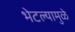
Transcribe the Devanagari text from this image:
भेटल्यामुळे